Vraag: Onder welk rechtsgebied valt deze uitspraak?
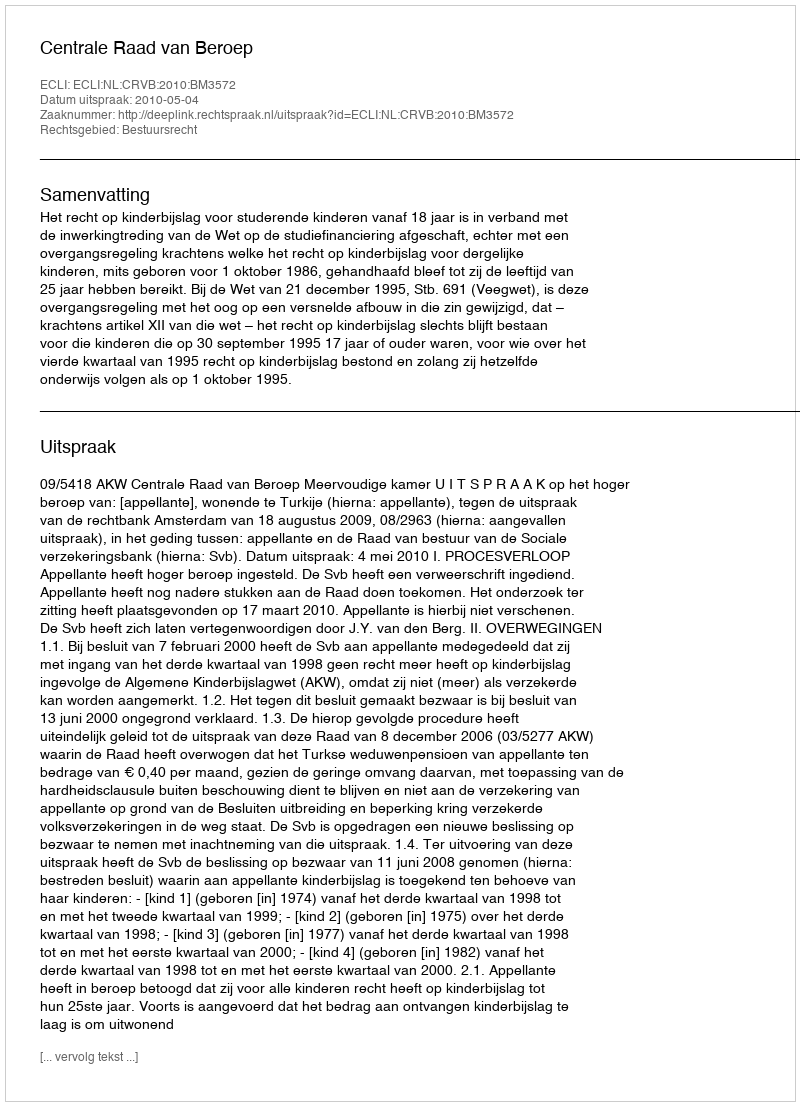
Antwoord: Bestuursrecht